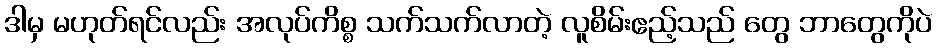
ဒါမှ မဟုတ်ရင်လည်း အလုပ်ကိစ္စ သက်သက်လာတဲ့ လူစိမ်းဧည့်သည် တွေ ဘာတွေကိုပဲ